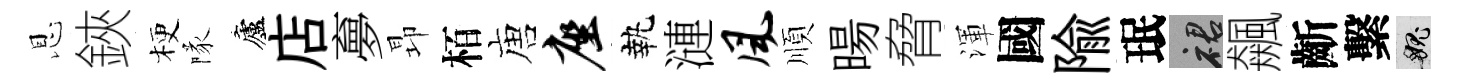
恩鋏梗隊廬店夣昻栢唐座執漣风順暘脅渾國隃珉裙飆齗繫愧